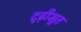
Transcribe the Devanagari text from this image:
दृढ़ीभूत